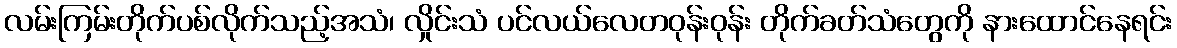
လမ်းကြမ်းတိုက်ပစ်လိုက်သည့်အသံ၊ လှိုင်းသံ ပင်လယ်လေတဝုန်းဝုန်း တိုက်ခတ်သံတွေကို နားထောင်နေရင်း